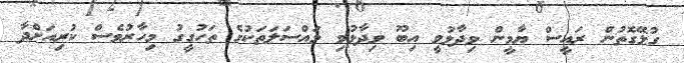
ގުޅޭގޮތުން ރައީސް ޔާމީން ވިދާޅުވީ އިބޫ ވިދާޅުވި މައްސަލަތަކުގެ ތަހުގީގު މިހާރުވެސް ކުރިއަށްދާ